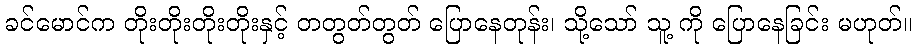
ခင်မောင်က တိုးတိုးတိုးတိုးနှင့် တတွတ်တွတ် ပြောနေတုန်း၊ သို့သော် သူ့ ကို ပြောနေခြင်း မဟုတ်။